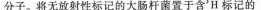
分子。将无放射性标记的大肠杆菌置于含^{3}H标记的